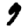
Digit: 9